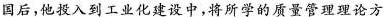
国后，他投入到工业化建设中，将所学的质量管理理论方